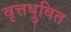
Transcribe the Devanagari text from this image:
वृत्तध्रुवित